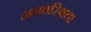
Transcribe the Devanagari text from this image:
अनवस्थित।